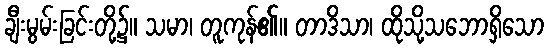
ချီးမွမ်းခြင်းတို့၌။ သမာ၊ တူကုန်၏။ တာဒိသာ၊ ထိုသို့သဘောရှိသော